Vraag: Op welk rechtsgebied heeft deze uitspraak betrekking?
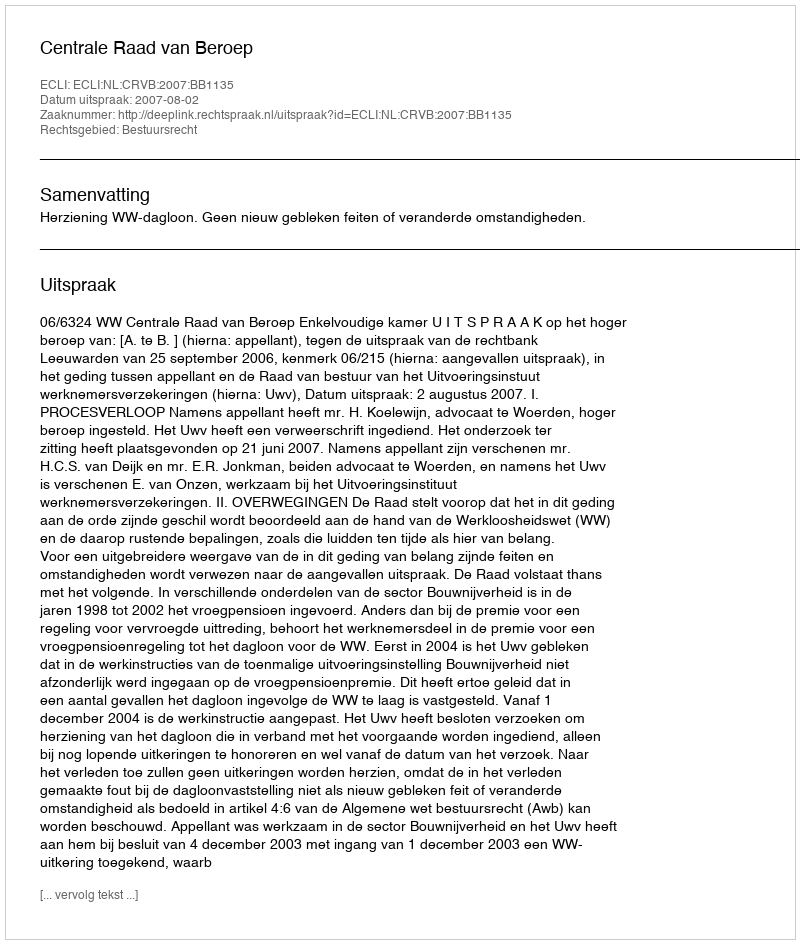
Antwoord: Bestuursrecht